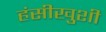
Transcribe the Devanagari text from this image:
हंसीखुशी